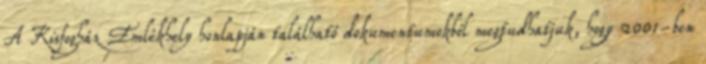
A Kisfogház Emlékhely honlapján található dokumentumokból megtudhatjuk, hogy 2001-ben